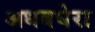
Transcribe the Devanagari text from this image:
अधबघेरा